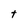
Character: t